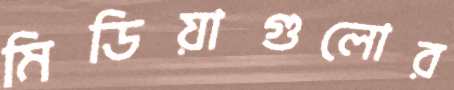
মিডিয়াগুলোর